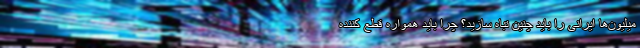
میلیون‌ها ایرانی را باید چنین تباه سازید؟ چرا باید همواره قطع کننده